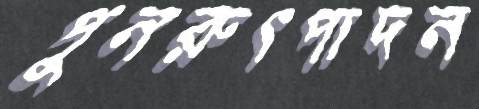
পুনরুৎপাদন